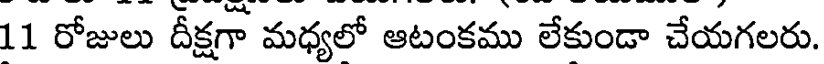
11 రోజులు దీక్షగా మధ్యలో ఆటంకము లేకుండా చేయగలరు.